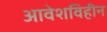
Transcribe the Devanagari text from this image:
आवेशविहीन